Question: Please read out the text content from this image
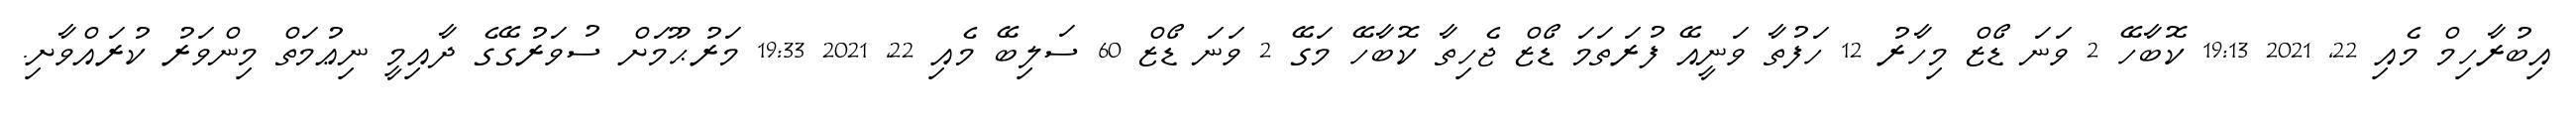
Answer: އިބުރާހިމް މެއި 22, 2021 19:13 ކޮބާހޭ 2 ވަނަ ޑޯޒް މިހާރު 12 ހަފުތާ ވަނީއޭ ފުރަތަމަ ޑޯޒް ޖެހިތާ ކޮބާހޭ މަގޭ 2 ވަނަ ޑޯޒް 60 ސަލިބޭ މެއި 22, 2021 19:33 މަރުޙޫމަށް ސުވަރުގޭގެ ދާއިމީ ނިޢުމަތް މިންވަރު ކުރައްވާށި.